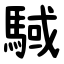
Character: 䮙